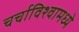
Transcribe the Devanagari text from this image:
चर्चाविश्वामध्ये